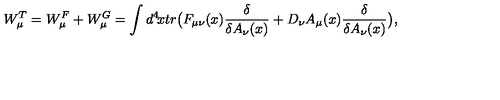
W _ { \mu } ^ { T } = W _ { \mu } ^ { F } + W _ { \mu } ^ { G } = \int d ^ { 4 } \! x t r \big ( F _ { \mu \nu } ( x ) { \frac { \delta } { \delta A _ { \nu } ( x ) } } + D _ { \nu } A _ { \mu } ( x ) { \frac { \delta } { \delta A _ { \nu } ( x ) } } \big ) ,